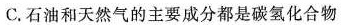
C.石油和天然气的主要成分都是碳氢化合物